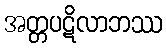
အတ္တပဋိလာဘဿ